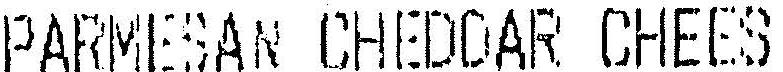
PARMESAN CHEDDAR CHEES